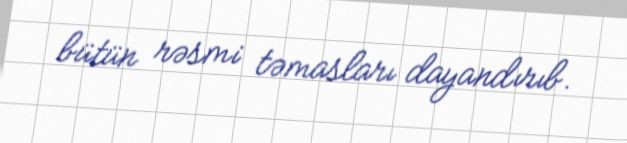
bütün rəsmi təmasları dayandırıb.